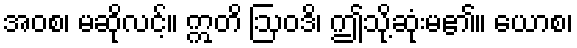
အဝစ၊ မဆိုလင့်။ ဣတိ ဩဝဒိ၊ ဤသို့ဆုံးမ၏။ ယောစ၊